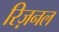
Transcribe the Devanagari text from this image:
रिज़नल